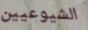
الشيوعيين